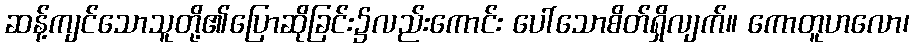
ဆန့်ကျင်သောသူတို့၏ပြောဆိုခြင်း၌လည်းကောင်း ပေါ်သောစိတ်ရှိလျက်။ ကောတူဟလော၊